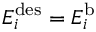
E _ { i } ^ { \mathrm { { d e s } } } = E _ { i } ^ { \mathrm { { b } } }